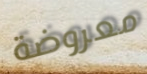
معروضة